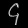
Digit: ၄